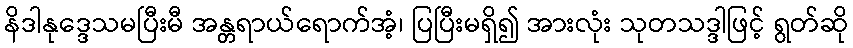
နိဒါနုဒ္ဒေသမပြီးမီ အန္တရာယ်ရောက်အံ့၊ ပြပြီးမရှိ၍ အားလုံး သုတသဒ္ဒါဖြင့် ရွတ်ဆို